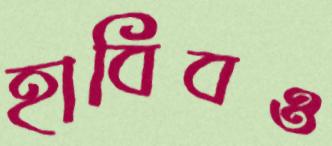
হাবিবও